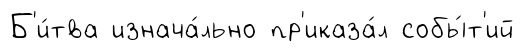
Б'и́тва изнача́льно пр'иказа́л собы́т'ий